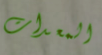
المعدات